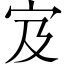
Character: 𫲼